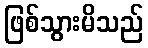
ဖြစ်သွားမိသည်